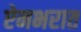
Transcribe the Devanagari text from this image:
ऐनभरात